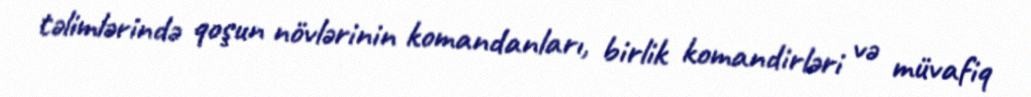
təlimlərində qoşun növlərinin komandanları, birlik komandirləri və müvafiq